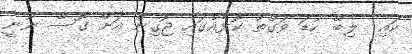
ކައި  ލިބޭ ކުޑަ ވަގުތު ކޮޅެއްގައި ޖޮގިން އަށް ގޮސް ނޫނީ